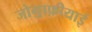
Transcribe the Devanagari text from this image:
जोग़्राफ़ीयाई